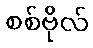
စစ်ဗိုလ်